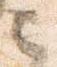
之